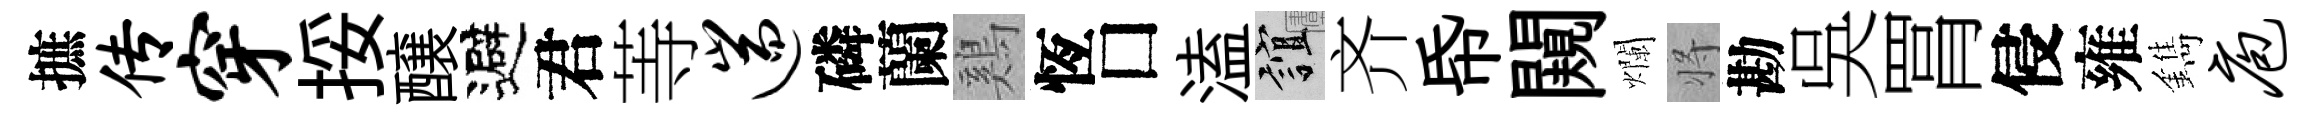
摭传穿挼醸避君䓁遄磷蘭鷄恆□溘誼齐帋闚爛将勘吳罥侵雍鐫庖